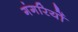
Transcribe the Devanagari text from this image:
गंगरियों